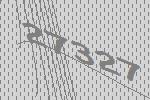
27327